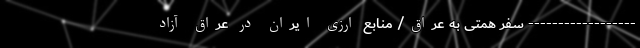
------------------ سفر همتی به عراق/ منابع ارزی ایران در عراق آزاد